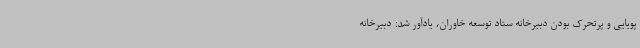
پویایی و پرتحرک بودن دبیرخانه ستاد توسعه خاوران، یادآور شد: دبیرخانه